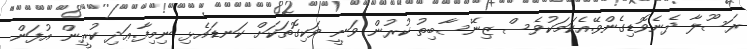
ރަސޫލާ ދެނެވޮޑިގެންވޭ.އެކަމަކުވެސް ޒިނޭސާބިތު ކުރުން ވަނީ ވަކިގޮތަކަށް ކަނޑައެޅި ނިމިފާ.ޢަދި ކުރީން އުފަން